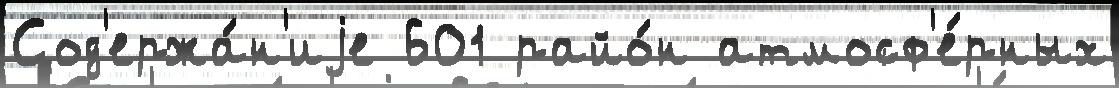
Сод'ержа́н'иjе 601 райо́н атмосф'е́рных